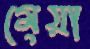
মেয়া